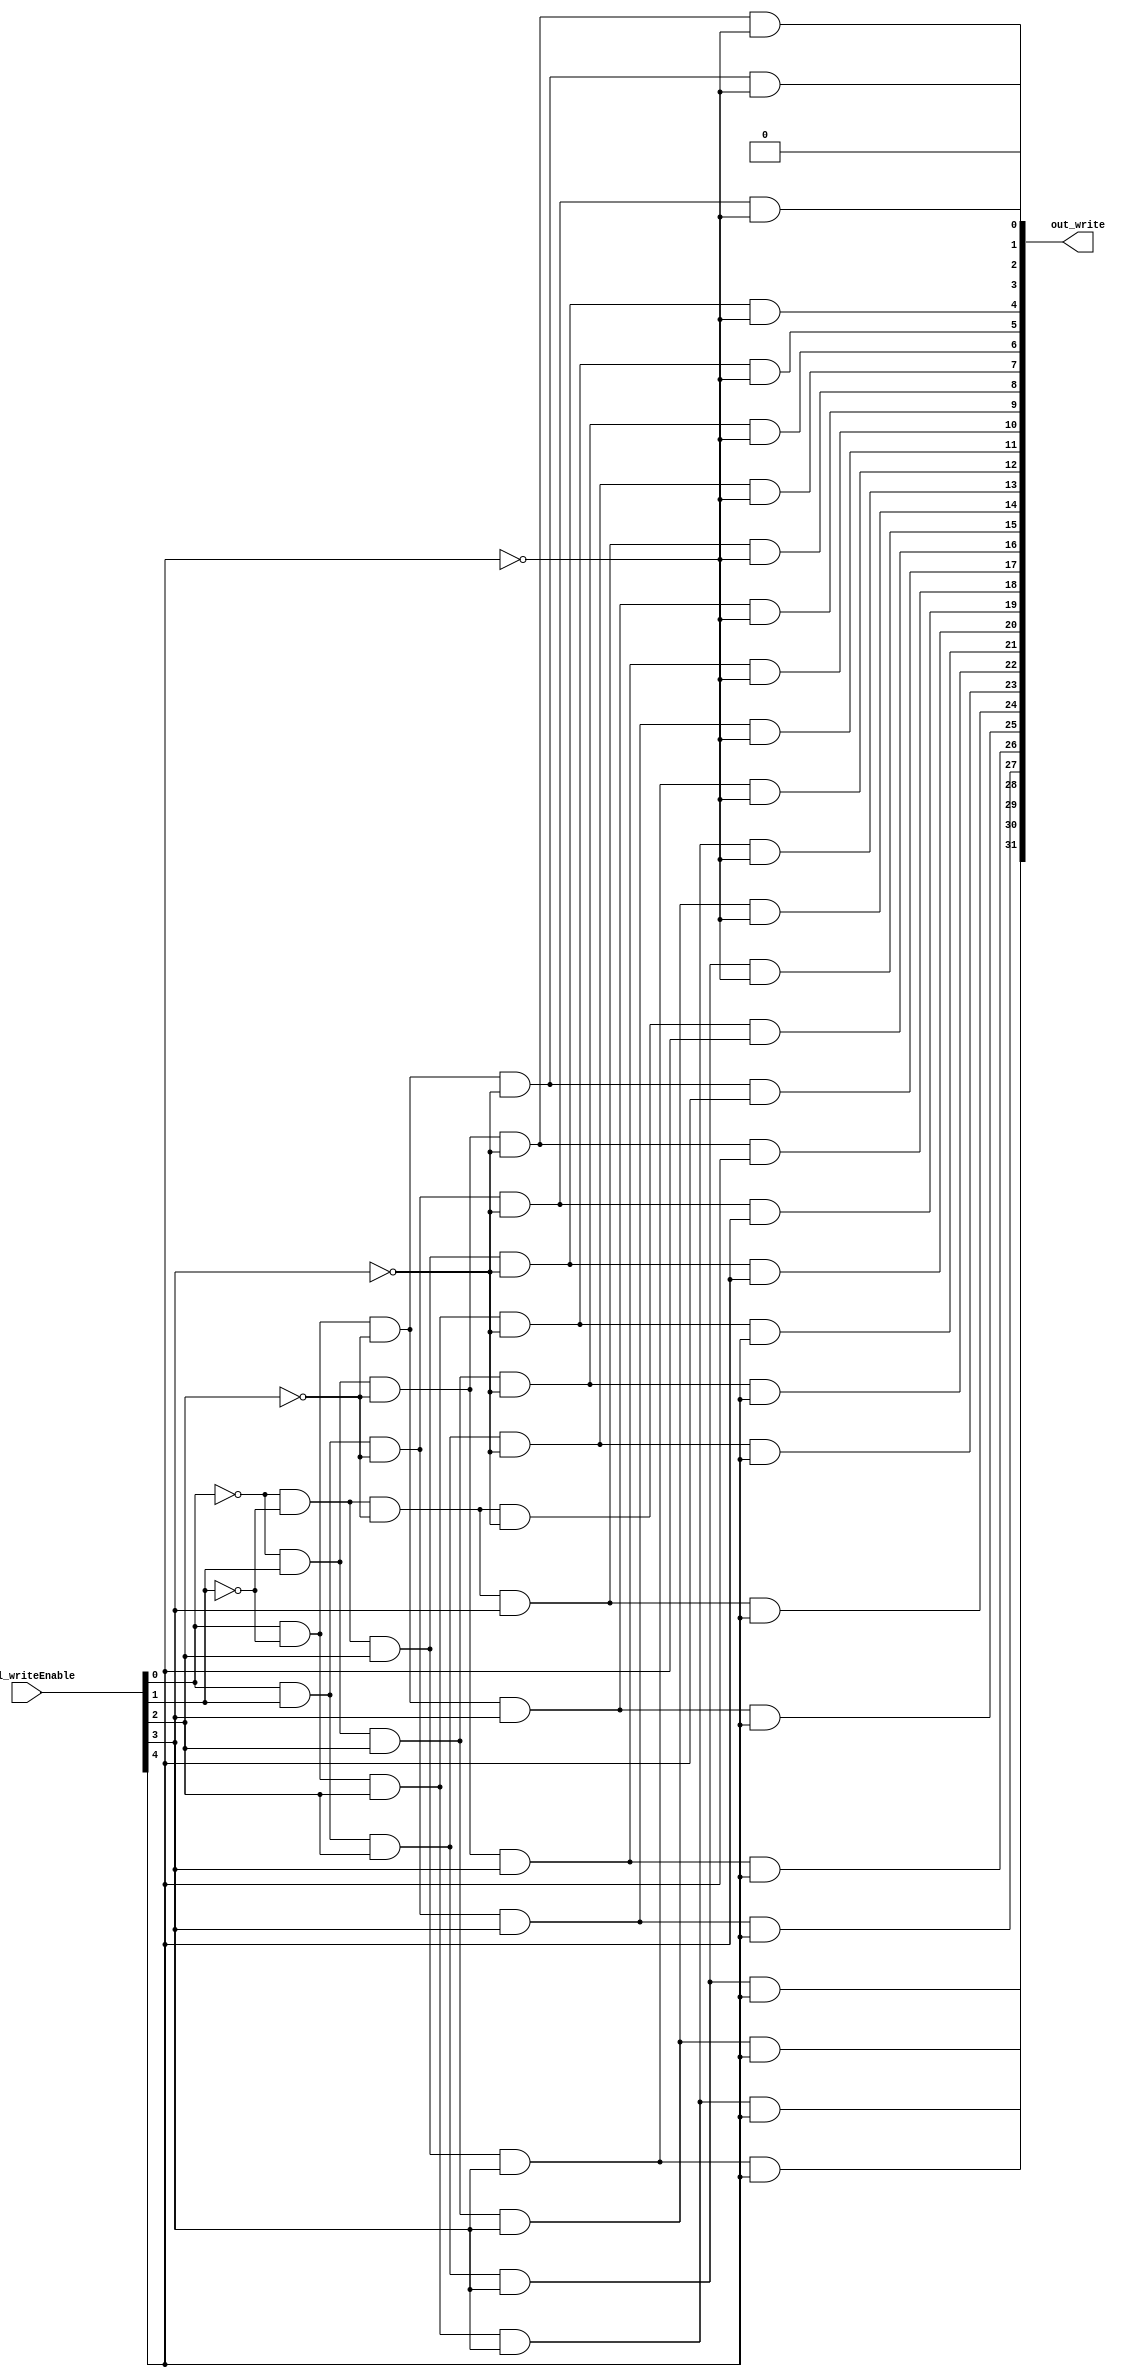
module decoder_32(ctrl_writeEnable, out_write);
//ctrl_writeEnable is ctrl_writeReg in regfile

input [4:0] ctrl_writeEnable;
output [31:0] out_write;

wire w0, w1, w2, w3, w4;

not not_0(w0, ctrl_writeEnable[0]);
not not_1(w1, ctrl_writeEnable[1]);
not not_2(w2, ctrl_writeEnable[2]);
not not_3(w3, ctrl_writeEnable[3]);
not not_4(w4, ctrl_writeEnable[4]);

assign out_write[0] = 1'b0;
and and_1(out_write[1], ctrl_writeEnable[0], w1, w2, w3, w4);
and and_2(out_write[2], w0, ctrl_writeEnable[1], w2, w3, w4);
and and_3(out_write[3], ctrl_writeEnable[0], ctrl_writeEnable[1], w2, w3, w4);
and and_4(out_write[4], w0, w1, ctrl_writeEnable[2], w3, w4);
and and_5(out_write[5], ctrl_writeEnable[0], w1, ctrl_writeEnable[2], w3, w4);
and and_6(out_write[6], w0, ctrl_writeEnable[1], ctrl_writeEnable[2], w3, w4);
and and_7(out_write[7], ctrl_writeEnable[0], ctrl_writeEnable[1], ctrl_writeEnable[2], w3, w4);
and and_8(out_write[8], w0, w1, w2, ctrl_writeEnable[3], w4);
and and_9(out_write[9], ctrl_writeEnable[0], w1, w2, ctrl_writeEnable[3], w4);
and and_10(out_write[10], w0, ctrl_writeEnable[1], w2, ctrl_writeEnable[3], w4);
and and_11(out_write[11], ctrl_writeEnable[0], ctrl_writeEnable[1], w2, ctrl_writeEnable[3], w4);
and and_12(out_write[12], w0, w1, ctrl_writeEnable[2], ctrl_writeEnable[3], w4);
and and_13(out_write[13], ctrl_writeEnable[0], w1, ctrl_writeEnable[2], ctrl_writeEnable[3], w4);
and and_gate(out_write[14], w0, ctrl_writeEnable[1], ctrl_writeEnable[2], ctrl_writeEnable[3], w4);
//and and_14(out_write[14], w1, ctrl_writeEnable[1], ctrl_writeEnable[2], ctrl_writeEnable[3], w4);
and and_15(out_write[15], ctrl_writeEnable[0], ctrl_writeEnable[1], ctrl_writeEnable[2], ctrl_writeEnable[3], w4);
and and_16(out_write[16], w0, w1, w2, w3, ctrl_writeEnable[4]);
and and_17(out_write[17], ctrl_writeEnable[0], w1, w2, w3, ctrl_writeEnable[4]);
and and_18(out_write[18], w0, ctrl_writeEnable[1], w2, w3, ctrl_writeEnable[4]);
and and_19(out_write[19], ctrl_writeEnable[0], ctrl_writeEnable[1], w2, w3, ctrl_writeEnable[4]);
and and_20(out_write[20], w0, w1, ctrl_writeEnable[2], w3, ctrl_writeEnable[4]);
and and_21(out_write[21], ctrl_writeEnable[0], w1, ctrl_writeEnable[2], w3, ctrl_writeEnable[4]);
and and_22(out_write[22], w0, ctrl_writeEnable[1], ctrl_writeEnable[2], w3, ctrl_writeEnable[4]);
and and_23(out_write[23], ctrl_writeEnable[0], ctrl_writeEnable[1], ctrl_writeEnable[2], w3, ctrl_writeEnable[4]);
and and_24(out_write[24], w0, w1, w2, ctrl_writeEnable[3], ctrl_writeEnable[4]);
and and_25(out_write[25], ctrl_writeEnable[0], w1, w2, ctrl_writeEnable[3], ctrl_writeEnable[4]);
and and_26(out_write[26], w0, ctrl_writeEnable[1], w2, ctrl_writeEnable[3], ctrl_writeEnable[4]);
and and_27(out_write[27], ctrl_writeEnable[0], ctrl_writeEnable[1], w2, ctrl_writeEnable[3], ctrl_writeEnable[4]);
and and_28(out_write[28], w0, w1, ctrl_writeEnable[2], ctrl_writeEnable[3], ctrl_writeEnable[4]);
and and_29(out_write[29], ctrl_writeEnable[0], w1, ctrl_writeEnable[2], ctrl_writeEnable[3], ctrl_writeEnable[4]);
and and_30(out_write[30], w0, ctrl_writeEnable[1], ctrl_writeEnable[2], ctrl_writeEnable[3], ctrl_writeEnable[4]);
and and_31(out_write[31], ctrl_writeEnable[0], ctrl_writeEnable[1], ctrl_writeEnable[2], ctrl_writeEnable[3], ctrl_writeEnable[4]);


endmodule